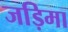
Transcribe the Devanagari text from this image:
जड़िमा